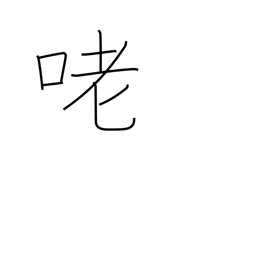
Meaning: voice